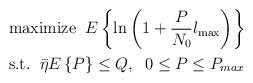
LaTeX: \begin{align*}{}&{} \textrm{maximize}\;\; E \left\{ \ln\left( 1 + \frac{P}{N_0} l_{\max} \right) \right\} \\&\textrm{s.t.}\;\; \bar{\eta}E\left\{ P \right\} \leq Q,\;\; 0 \leq P \leq P_{max} \end{align*}